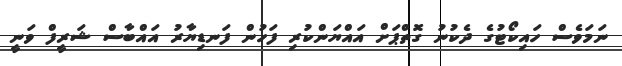
ނަމަވެސް ހައިކޯޓުގެ ދެކުނު ގޮތްޕަށް އައްޔަންކުރި ފަހުން ފަނޑިޔާރު އައްބާސް ޝަރީފް ވަނީ